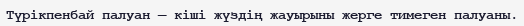
Түрікпенбай палуан — кіші жүздің жауырыны жерге тимеген палуаны.